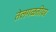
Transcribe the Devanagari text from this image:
तेलगळतीवर